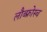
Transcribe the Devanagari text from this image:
लौब्फ्रोस्च